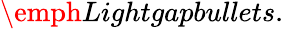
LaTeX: \emph{Lightgapbullets.}